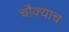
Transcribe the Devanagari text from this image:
चौक्याच